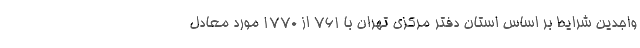
واجدین شرایط بر اساس استان دفتر مرکزی تهران با ۷۶۱ از ۱۷۷۰ مورد معادل